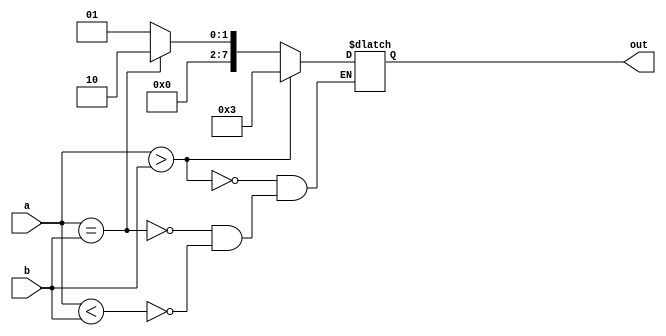
`ifndef mod_comparator
`define mod_comparator

module comparator #(parameter dw = 8) (
        input wire [dw - 1:0] a,
        input wire [dw - 1:0] b,

        output reg [7:0] out
    );

    always @ (a or b) begin
        if (a < b)  out = 1;
        if (a == b) out = 2;
        if (a > b)  out = 3;
    end
    
endmodule

`endif